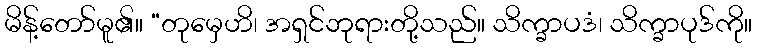
မိန့်တော်မူ၏။ “တုမှေဟိ၊ အရှင်ဘုရားတို့သည်။ သိက္ခာပဒံ၊ သိက္ခာပုဒ်ကို။